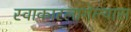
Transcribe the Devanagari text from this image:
स्वाकारलागेल्यास